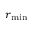
r _ { \mathrm { m i n } }